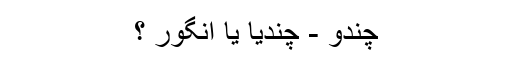
چندو - چندیا یا انگور ؟